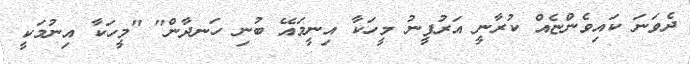
ދެވަނަ ކައިވެންޏެއް ކުރާނީ އަރުފީނު މީހަކާ އިނީމައޭ ބުނި ހަނދާން" "މީހަކާ އިނުމަކީ